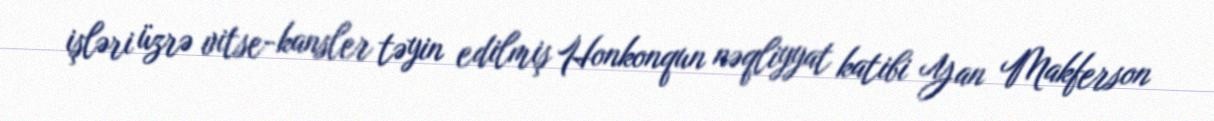
işləri üzrə vitse-kansler təyin edilmiş Honkonqun nəqliyyat katibi Yan Makferson